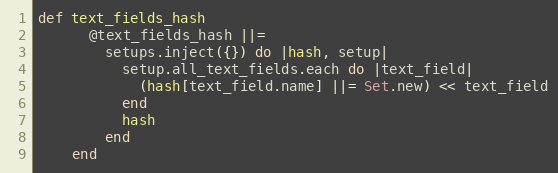
Language: Ruby
def text_fields_hash
      @text_fields_hash ||=
        setups.inject({}) do |hash, setup|
          setup.all_text_fields.each do |text_field|
            (hash[text_field.name] ||= Set.new) << text_field
          end
          hash
        end
    end